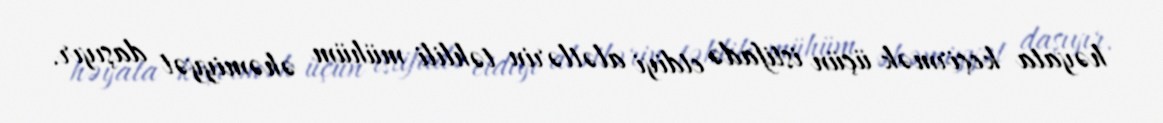
həyata keçirmək üçün istifadə etdiyi alətlərin təhlili mühüm əhəmiyyət daşıyır.